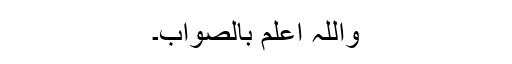
واللہ اعلم بالصواب۔